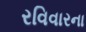
રવિવારના